Report on vaccination in Madras 1895-1903 - 1895-1903
Year: 1895
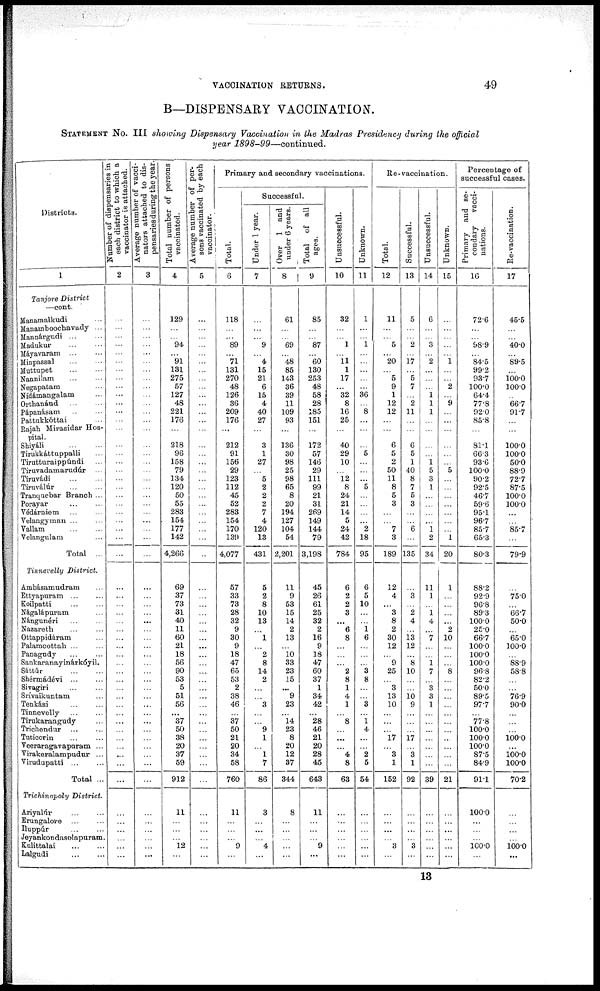
VACCINATION RETURNS.
49
B—DISPENSARY VACCINATION.
STATEMENT No. III showing Dispensary Vaccination in the Madras Presidency during the official
year
1898-99—continued.
Districts.
1
Tanjore District
—cont.
Manamalkudi ...
Manamboochavady ...
Mannárgudi ... ...
Madukur
...
...
Máyavaram ... ...
Minpassal ... ...
Muttupet ... ...
Nannilam ... ...
Negapatam ...
Nídámangalam ...
Orthanáud
...
...
Pápanásam ... ...
Pattukkóttai ...
Rajah Mirasidar Hos-
pital.
Shiyáli
...
...
Tirukkáttuppalli ...
Tiruttturaippúndi ...
Tiruvadamarudúr ...
Tiruvádi
...
...
Tiruválúr
...
...
Tranquebar Branch ...
Porayar ... ...
Védárniem ... ...
Velangyman ... ...
Vallam ... ...
Velangulam ...
Total ...
Tinnevelly District.
Ambásamudram ...
Ettyapuram ... ...
Koilpatti ... ...
Nágalápuram ...
Nángunéri ... ...
Nazareth ... ...
Ottappidáram ...
Palamcottah ... ...
Panagudy ... ...
Sankaranayinárkóyil.
Sáttúr
...
...
Shérmádévi ... ...
Sivagiri ... ...
Srívaikuntam ...
Tenkási
...
...
Tinnevelly ... ...
Tirukarangudy ...
Trichendur
...
...
Tuticorin
...
...
Veeraragavapuram ...
Virakeralampudur ...
Virudupatti
...
...
Total ...
Trichinopoly District.
Ariyalúr
...
...
Erungalore ... ...
Iluppúr
...
...
Jeyankondasolapuram.
Kulittalai
...
...
Lalgudi
...
...
Number of dispensaries in
each district to which a
vaccinator is attached.
2
...
...
...
...
...
...
...
...
...
...
...
...
...
...
...
...
...
...
...
...
...
...
...
...
...
...
...
...
...
...
...
...
...
...
...
...
...
...
...
...
...
...
...
...
...
...
...
...
...
...
...
...
...
...
...
...
Average number or vacci-
nators attached to dis-
pensaries during the year.
3
...
...
...
...
...
...
...
...
...
...
...
...
...
...
...
...
...
...
...
...
...
...
...
...
...
...
...
...
...
...
...
...
...
...
...
...
...
...
...
...
...
...
...
...
...
...
...
...
...
...
...
...
...
...
...
...
Total number of persons
vaccinated.
4
129
...
...
94
...
91
131
275
57
127
48
221
176
...
218
96
158
79
134
120
50
55
283
154
177
142
4,266
69
37
73
31
40
11
60
21
18
56
90
53
5
51
56
...
37
50
38
20
37
59
912
11
...
...
...
12
...
Average number of per-
sons vaccinated by each
vaccinator.
5
...
...
...
...
...
...
...
...
...
...
...
...
...
...
...
...
...
...
...
...
...
...
...
...
...
...
...
...
...
...
...
...
...
...
...
...
...
...
...
...
...
...
...
...
...
...
...
...
...
...
...
...
...
...
...
...
Primary and secondary vaccinations.
Total.
6
118
...
...
89
...
71
131
270
48
126
36
209
176
...
212
91
156
29
123
112
45
52
283
154
170
139
4,077
57
33
73
28
32
9
30
9
18
47
65
53
2
38
46
...
37
50
21
20
34
58
760
11
...
...
...
9
...
Successful.
Under 1 year.
7
...
...
...
9
...
4
15
21
6
15
4
40
27
...
3
1
27
...
5
2
2
2
7
4
120
13
431
5
2
8
10
13
...
1
...
2
8
14
2
...
...
3
...
...
9
1
...
1
7
86
3
...
...
...
4
...
Over 1 and
under 6 years.
8
61
...
...
69
...
48
85
143
36
39
11
109
93
...
136
30
98
25
98
65
8
20
194
127
104
54
2,201
11
9
53
15
14
2
13
...
10
33
23
15
...
9
23
...
14
23
8
20
12
37
344
8
...
...
...
...
...
Total of all
ages.
9
85
...
...
87
...
60
130
253
48
58
28
185
151
...
172
57
146
29
111
99
21
31
269
149
144
79
3,198
45
26
61
25
32
2
16
9
18
47
60
37
1
34
42
...
28
46
21
20
28
45
643
11
...
...
...
9
...
Unsuccessful.
10
32
...
...
1
...
11
1
17
...
32
8
16
25
...
40
29
10
...
12
8
24
21
14
5
24
42
784
6
2
2
3
...
6
8
...
...
...
2
8
1
4
1
...
8
...
...
...
4
8
63
...
...
...
...
...
...
Unknown.
11
1
...
...
1
...
...
...
...
...
36
...
8
...
...
...
5
...
...
...
5
...
...
...
...
2
18
95
6
5
10
...
...
1 6
...
...
...
3
8
...
...
3
...
1
4
...
...
2
5
54
...
...
...
...
...
...
Re-vaccination.
Total.
12
11
...
...
5
...
20
...
5
9
1
12
12
...
...
6
5
2
50
11
8
5
3
...
...
7
3
189
12
4
...
3
8
2
30
12
...
9
25
...
3
13
10
...
...
...
17
...
3
1
152
...
...
...
...
3
...
Successful.
13
5
...
...
2
...
17
...
5
7
...
2
11
...
...
6
5
1
40
8
7
5
3
...
...
6
...
135
...
3
...
2
4
...
13
12
...
8
10
...
...
10
9
...
...
...
17
...
3
1
92
...
...
...
...
3
...
Unsuccessful.
14
6
...
...
3
...
2
...
...
...
1 1
1
...
...
...
...
1 5
3
1
...
...
...
...
1
2
34
11
1
...
1
4
...
7
...
...
1
7
...
3
3
1
...
...
...
...
...
...
...
39
...
...
...
...
...
...
Unknown.
15
...
...
...
...
...
1
...
...
2
...
9
...
...
...
...
...
...
5
...
...
...
...
...
...
...
1
20
1
...
...
...
...
2
10
...
...
...
8
...
...
...
...
...
...
...
...
...
...
...
21
...
...
...
...
...
...
Percentage of
successful cases.
Primary and se-
condary
vacci-
nations.
16
72.6
...
...
68.9
...
84.5
99.2
93.7
100.0
64.4
77.8
92.0
85.8
...
81.1
66.3
93.6
100.0
90.2
92.5
46.7
59.6
95.1
96.7
85.7
65.3
80.3
88.2
92.9
96.8
89.3
100.0
25.0
66.7
100.0
100.0
100.0
96.8
82.2
50.0
89.5
97.7
...
77.8
100.0
100.0
100.0
87.5
84.9
91.1
100.0
...
...
...
100.0
...
Re-vaccination.
17
45.5
...
...
40.0
...
89.5
...
100.0
100.0
...
66.7
91.7
...
...
100.0
100.0
50.0
88.9
72.7
87.5
100.0
100.0
...
...
85.7
...
79.9
...
75.0
...
66.7
50.0
...
65.0
100.0
...
88.9
58.8
...
...
76.9
90.0
...
...
...
100.0
...
100.0
100.0
70.2
...
...
...
...
100.0
...
13